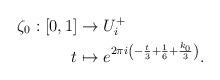
LaTeX: \begin{align*} \zeta_0:[0,1] &\to U_i^+\\ t&\mapsto e^{2\pi i\left( - \frac{t}{3} + \frac{1}{6} + \frac{k_0}{3} \right)}. \end{align*}